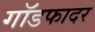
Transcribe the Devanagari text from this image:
गाॅडफादर